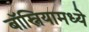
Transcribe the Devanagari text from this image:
बॉस्नियामध्ये